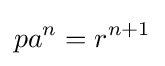
pa^{n}=r^{n+1}